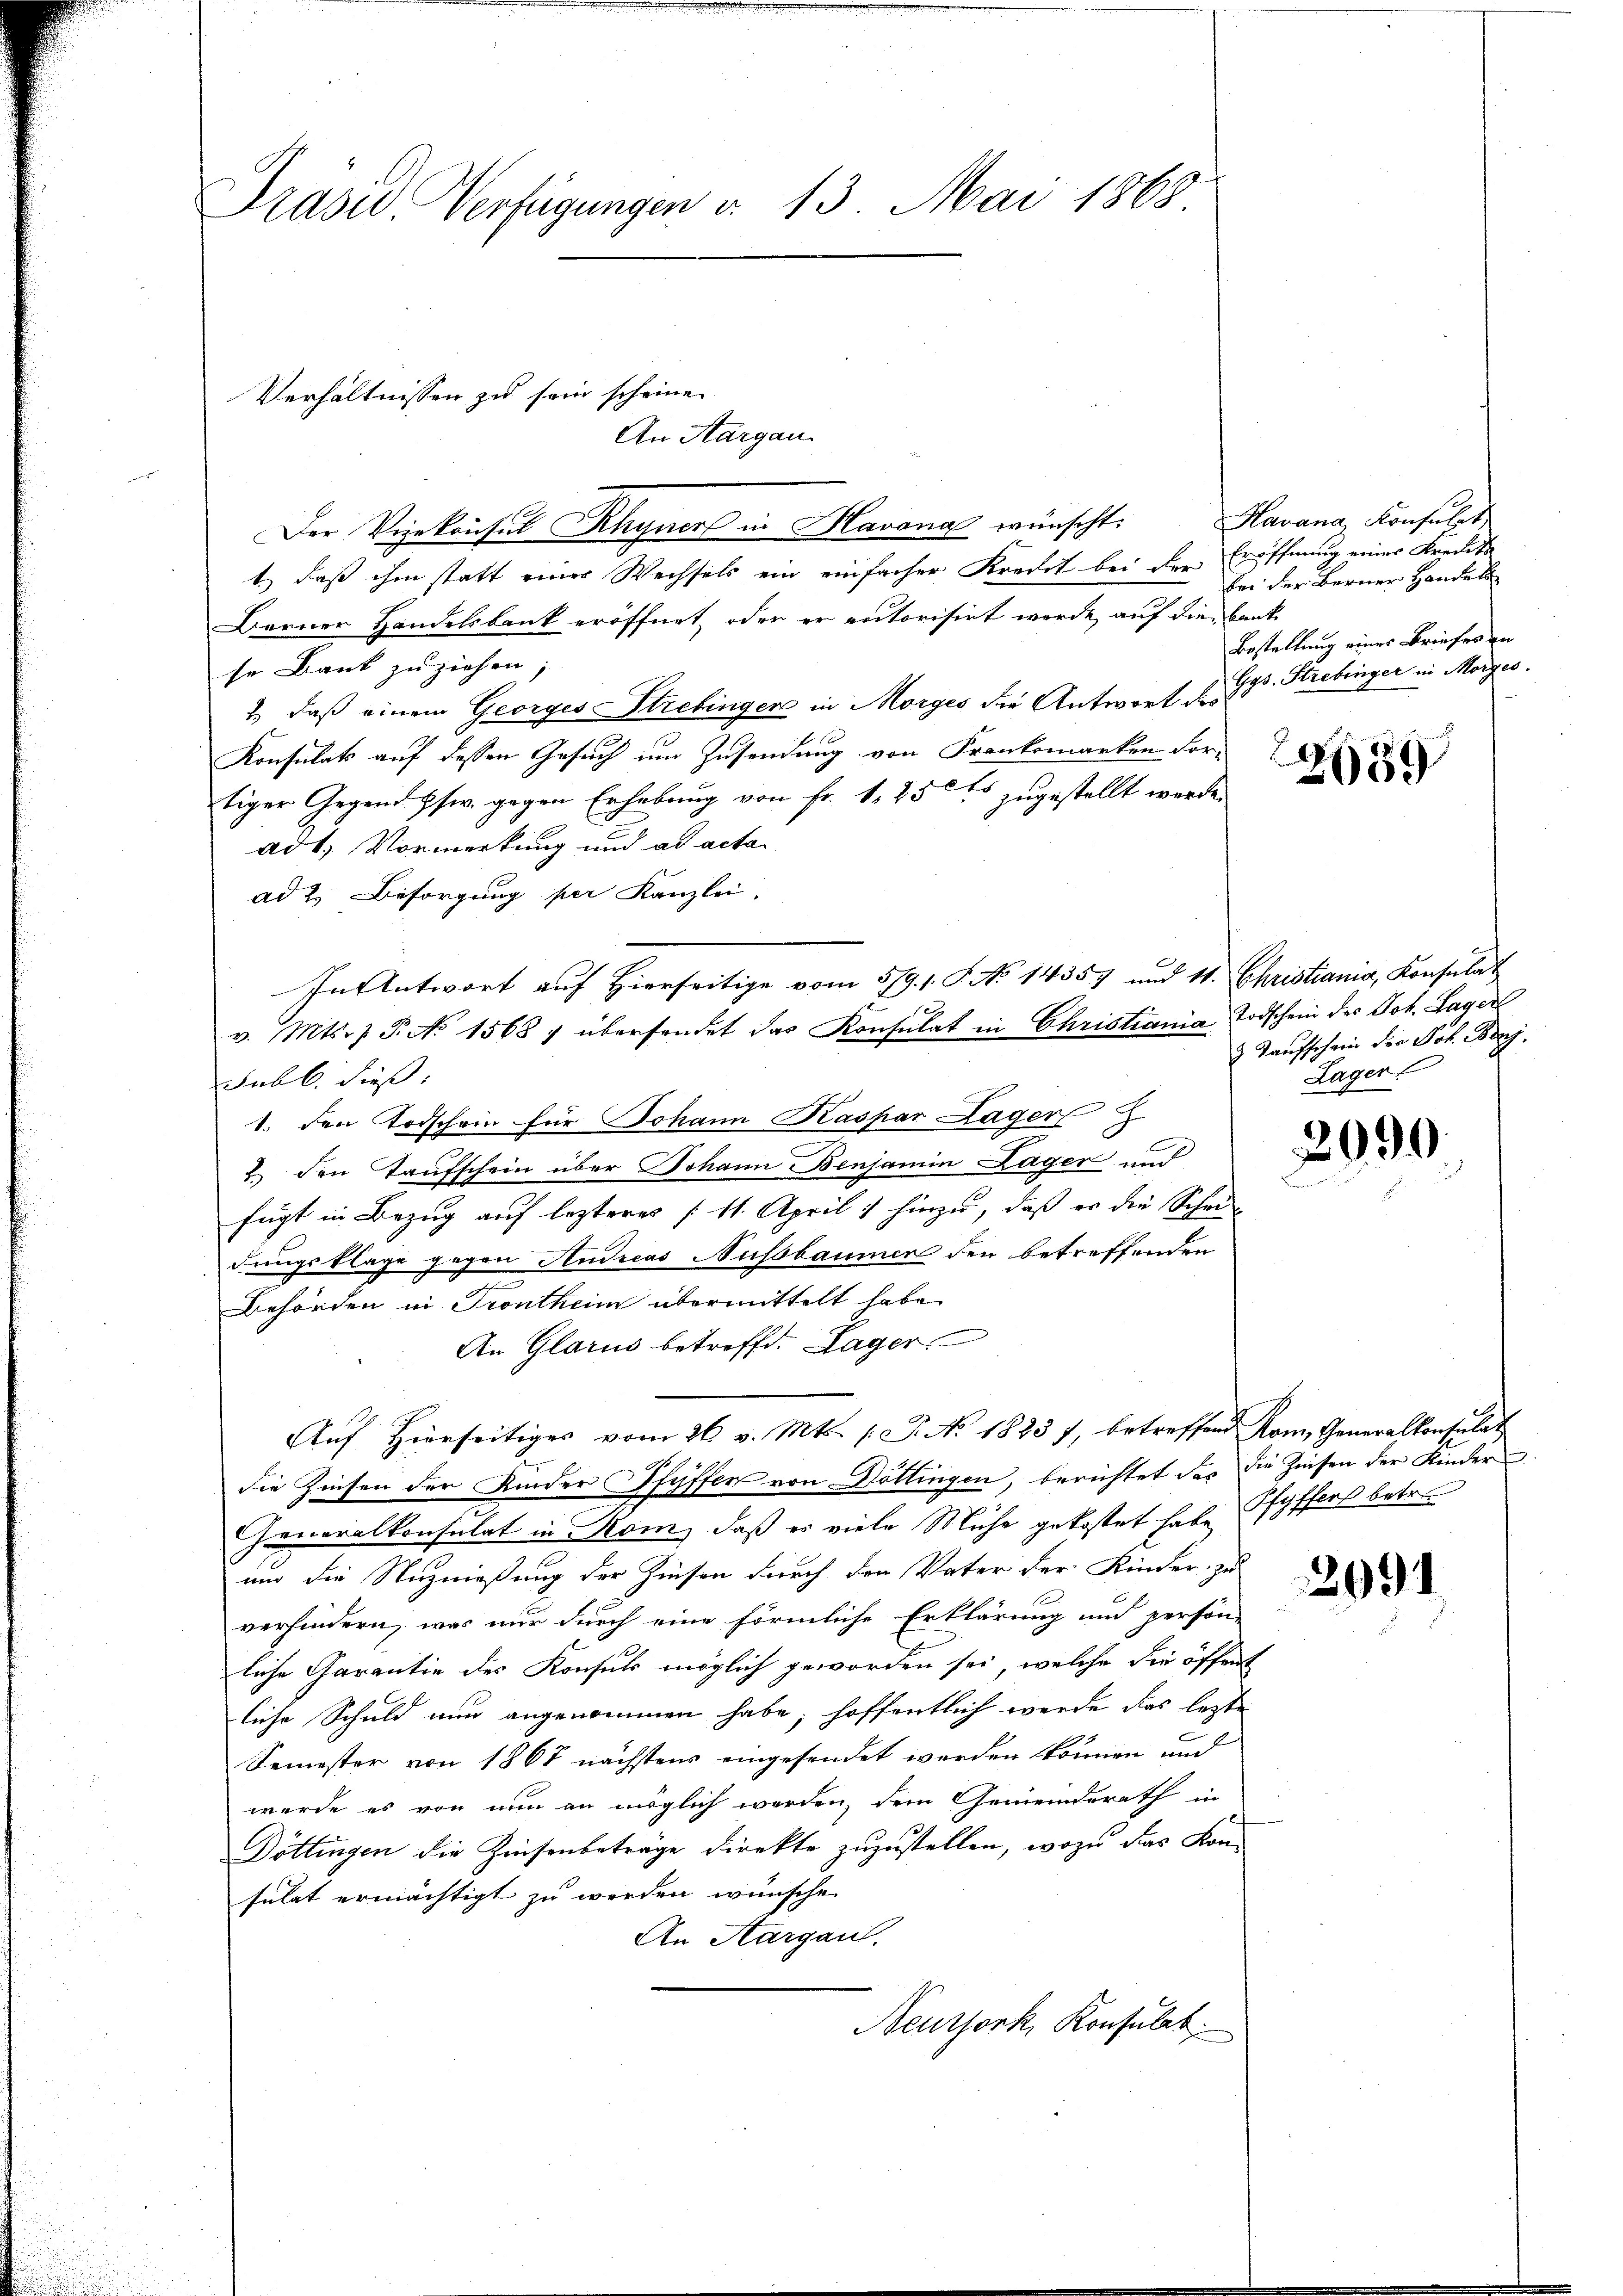
Präsid. Verfügungen d. 13. Mai 1868

1.) Daß ihm statt einer Wechsels ein einfacher Kredit bei der Eröffnung einer Kredito
Berner Handelsbank eröffnet, oder er autorisirt werde, auf die Bank
se Bank zu ziehen,
2) daß einem Georges Strebinger in Morges die Antwort des
Konsulats auf dessen Gesuch um Zusendung von Frankomarken Fortiger Gegend Esw. gegen Erhebung von Fr. 1. 250 zugestellt werde.
ad 1. Vormerkung und ad acta
ad 2. Besorgung per Kanzlei.
v. Mts. 7 P. No 1568 7 übersendet das Konsulat in Christiania, Todschein des Joh. Lager
Subl. dieß.
1. Den Todschein für Johann Kaspar Lager
2. den Taufschein über Johann Benjamin Lager und
fügt in Bezug auf lezteres 11. April 1 hinzu, daß es die Schei
dungsklage gegen Andreas Nussbaumen der betreffenden
Behörden in Frontheim übermittelt habe.
An Glarus betroffe. Lager
Auf Hierseitiges vom 26. v. Mts. (T. No. 1823 7, betreffend Rom, Generalkonsulat
,
die Zinsen der Kinder Pfyffer von Döttingen, berichtet das die Zinsen der Kinder
Generalkonsulat in Kom, daß es viele Mühe gekostet habe Pfyffers betr.
und die Nutznießung der Zinsen durch den Vater der Kinder zu
verhindern, was nur durch eine förmliche Erklärung und persön-
liche Carantie des Konsuls möglich geworden sei, welche die öffent
liche Schuld nun angenommen habe, hoffentlich werde das lezte
Semester von 1867 nächstens eingesendet werden können und
wurde es von nun an möglich werden, dem Gemeinderath in
Döttingen die Zinsenbeträge direkte zuzustellen, wozu das Kon-
sulat ermächtigt zu werden wünsche.
An Aargau.
Neuthork, Konsulat

Verhältnissen zu sein scheine.
An Aargau.
Der Vizekonsul Rhyner in Havona wünscht.

In Antwort auf Hierseitige vom 5/9. 1. S. No 14357 und 11. Christiania, Konsulat

Havana, Konsulat
bei der Berner Handel
Bestaltung eines Briefes an
Gys. Strebinger in Morges.

2659

2 Kaufschein der Joh. Banj
Lager!

2090

2091